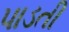
પાડતી